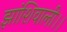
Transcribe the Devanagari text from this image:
झांशिवाली।।